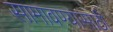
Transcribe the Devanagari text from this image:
सामावण्यासाठी